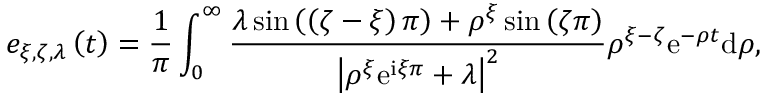
e _ { \xi , \zeta , \lambda } \left( t \right) = \frac { 1 } { \pi } \int _ { 0 } ^ { \infty } \frac { \lambda \sin \left( \left( \zeta - \xi \right) \pi \right) + \rho ^ { \xi } \sin \left( \zeta \pi \right) } { \left\vert \rho ^ { \xi } \mathrm { e } ^ { \mathrm { i } \xi \pi } + \lambda \right\vert ^ { 2 } } \rho ^ { \xi - \zeta } \mathrm { e } ^ { - \rho t } \mathrm { d } \rho ,